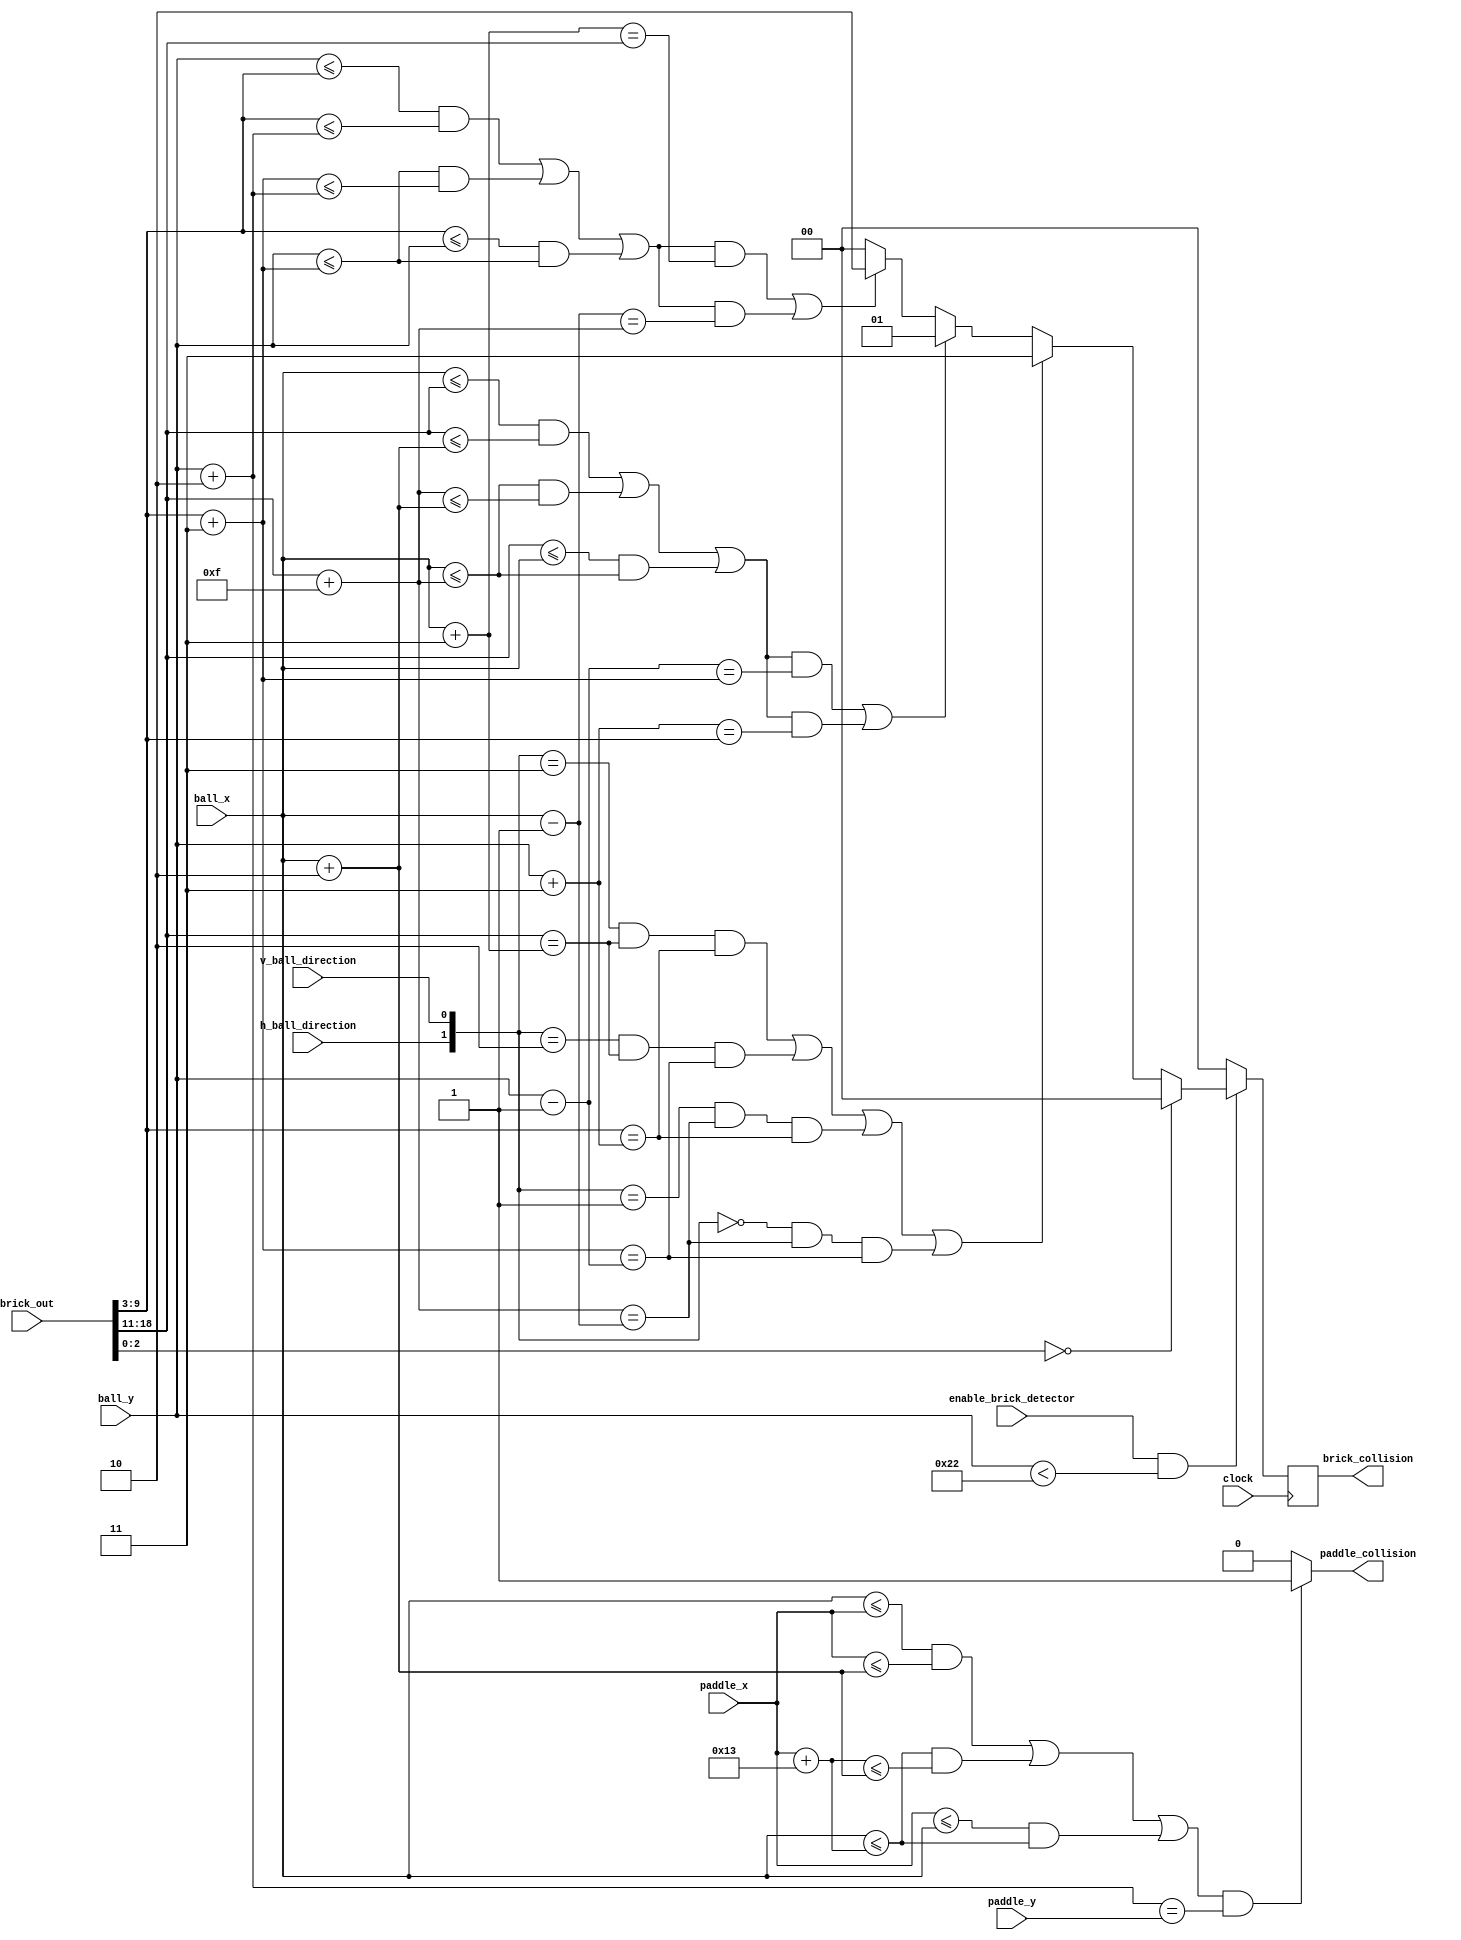
module collision_detector(clock, ball_x, ball_y, paddle_x,paddle_y, brick_out, enable_brick_detector,
						 paddle_collision, brick_collision, h_ball_direction, v_ball_direction);
	// Input ports
	input [7:0] ball_x, paddle_x;
	input [6:0] ball_y, paddle_y;
	
	input [18:0] brick_out; // x = brick_out[18:11], y = brick_out[9:3], colour = brick_out[2:0]
	input enable_brick_detector; // high when we want to check for collision
	input clock; // not sure about this one 
	
	input h_ball_direction, v_ball_direction;
	
	// Output ports
	output reg paddle_collision;
	output reg [1:0] brick_collision; //[1] signals h collision, [0] signals y collision
	
	// Assign color
	wire [2:0] color;
	assign color = brick_out[2:0]; 
	
	// Assign direction of ball
	wire [1:0] direction; 
	assign direction = {h_ball_direction, v_ball_direction}; 
	
	// Assign direction in separate wires
	wire hq, vq; 
	assign hq = h_ball_direction;
	assign vq = v_ball_direction;
	
	// Current ball corners: 
	
	// Ball  - (x,y) coordinates of each side of the ball
	wire [7:0] ball_x1 = ball_x;
	wire [6:0] ball_y1 = ball_y;
	
	wire [7:0] ball_x2 = ball_x + 2'd2;
	wire [6:0] ball_y2 = ball_y;
	
	wire [7:0] ball_x3 = ball_x1;
	wire [6:0] ball_y3 = ball_y + 2'd2;
	
	wire [7:0] ball_x4 = ball_x + 2'd2;
	wire [6:0] ball_y4 = ball_y + 2'd2; 
	
	
	// HORIZONTAL Ball  - (x,y) coordinates of each side of the ball
	// To be used for left and right side collisions on brick
	wire [7:0] h_ball_x1 = ball_x - 1'd1;
	wire [6:0] h_ball_y1 = ball_y;
	
	wire [7:0] h_ball_x2 = ball_x + 2'd3;
	wire [6:0] h_ball_y2 = ball_y;
	
	wire [7:0] h_ball_x3 = ball_x - 1'd1;
	wire [6:0] h_ball_y3 = ball_y + 2'd2;
	
	wire [7:0] h_ball_x4 = ball_x + 2'd3;
	wire [6:0] h_ball_y4 = ball_y + 2'd2; 
		

	// VERTICAL Ball  - (x,y) coordinates of each side of the ball
	// To be used for top and bottom collisions on brick
	wire [7:0] v_ball_x1 = ball_x;
	wire [6:0] v_ball_y1 = ball_y - 1'd1;
	
	wire [7:0] v_ball_x2 = ball_x + 2'd2;
	wire [6:0] v_ball_y2 = ball_y - 1'd1;
	
	wire [7:0] v_ball_x3 = ball_x1;
	wire [6:0] v_ball_y3 = ball_y + 2'd3;
	
	wire [7:0] v_ball_x4 = ball_x + 2'd2;
	wire [6:0] v_ball_y4 = ball_y + 2'd3; 
	
	// Ball outer corners (for diagonal collision, ie brick corners: 
	wire [7:0] top_left_x 	= ball_x - 1'd1; 
	wire [6:0] top_left_y 	= ball_y - 1'd1; 
	
	wire [7:0] top_right_x 	= ball_x + 2'd3; 
	wire [6:0] top_right_y 	= ball_y - 1'd1; 
	
	wire [7:0] bot_left_x 	= ball_x - 1'd1; 
	wire [6:0] bot_left_y 	= ball_y + 2'd3; 
	
	wire [7:0] bot_right_x 	= ball_x + 2'd3; 
	wire [6:0] bot_right_y 	= ball_y + 2'd3; 
	
	// Paddle - (x,y) coordinates of the top left and top right corners of the paddle
	wire [7:0] paddle_x1 = paddle_x;
	wire [7:0] paddle_x2 = paddle_x + 5'd19;
	
	wire [6:0] paddle_y1 = paddle_y;
	wire [6:0] paddle_y2 = paddle_y;  
	
	// Brick = (x,y) coordinates of each side of the brick
	wire [7:0] brick_x1 = brick_out[18:11];
	wire [6:0] brick_y1 = brick_out[9:3];
	
	wire [7:0] brick_x2 = brick_out[18:11] + 4'd15;
	wire [6:0] brick_y2 = brick_out[9:3];
	
	wire [7:0] brick_x3 = brick_out[18:11];
	wire [6:0] brick_y3 = brick_out[9:3] + 2'd3;
	
	wire [7:0] brick_x4 = brick_out[18:11] + 4'd15;
	wire [6:0] brick_y4 = brick_out[9:3] + 2'd3;  
	
	// Compare the paddle's and ball's coordinates to test collision 
	always @ (*) 
	begin 
		if (
			(((ball_x3 <= paddle_x1) && (paddle_x1 <= ball_x4)) ||
		     ((ball_x3 <= paddle_x2) && (paddle_x2 <= ball_x4)) ||
	 	     ((paddle_x1 <= ball_x3) && (ball_x3 <= paddle_x2))) && 
	 	     (ball_y3 == paddle_y1)
	 	  )
	 	  begin
	 	  	paddle_collision = 1;
	 	  end
	 	else
	 		paddle_collision = 0;
    end 
    	 
   // Compare the brick's and ball's coordinates to test collision 
	/* The process goes as follows (only one step is executed): 
	 * 	- Check for diagonal collision, set collision to 11 at success
	 *		- Check for vertical collision, set collision to 01 at sucess
	 * 	- Check for horizontal collision, set collision to 10 at success
	 */	
	always @ (posedge clock)
	begin
		if ((enable_brick_detector) && (ball_y1 < 7'd34))
		begin
			if (color == 3'd0)
				brick_collision = 2'b00;
			else if (
			((direction == 2'b11) && (brick_x1 ==  bot_right_x) && (brick_y1 == bot_right_y)) ||
			((direction == 2'b10) && (brick_x3 ==  top_right_x) && (brick_y3 == top_right_y)) ||
			((direction == 2'b01) && (brick_x2 ==  bot_left_x) && (brick_y2 == bot_left_y)) ||
			((direction == 2'b00) && (brick_x4 ==  top_left_x) && (brick_y4 == top_left_y))
			)
				brick_collision = 2'b11; // Diagonal Check
			else if (
				((((v_ball_x1 <= brick_x3) && (brick_x3 <= v_ball_x2))||
				((v_ball_x1 <= brick_x4) && (brick_x4 <= v_ball_x2))||
				((brick_x3 <= v_ball_x1) && (v_ball_x1 <= brick_x4)))&&
				(v_ball_y1 == brick_y3)) ||
				
				((((v_ball_x3 <= brick_x1) && (brick_x1 <= v_ball_x4))||
				((v_ball_x3 <= brick_x2) && (brick_x2 <= v_ball_x4))||
				((brick_x1 <= ball_x3) && (v_ball_x3 <= brick_x2)))&&
				(v_ball_y3 == brick_y1)))
				brick_collision = 2'b01; // Vertical Check
			
			else if(((((h_ball_y2 <= brick_y1) && (brick_y1 <= h_ball_y4))||
				((h_ball_y2 <= brick_y3) && (brick_y3 <= h_ball_y4))||
				((brick_y1 <= h_ball_y2) && (h_ball_y2 <= brick_y3))) &&
				(h_ball_x2 == brick_x1)) ||
		
				 ((((h_ball_y1 <= brick_y2) && (brick_y2 <= h_ball_y3))||
				((h_ball_y1 <= brick_y4) && (brick_y4 <= h_ball_y3))||
				((brick_y2 <= h_ball_y1) && (h_ball_y1 <= brick_y4))) &&
				(h_ball_x1 == brick_x2)))
				brick_collision = 2'b10; // Horizontal Check
			else
				brick_collision = 2'b00;
		end 
		else 
			brick_collision = 2'b00; 
	end 
   	
	
endmodule